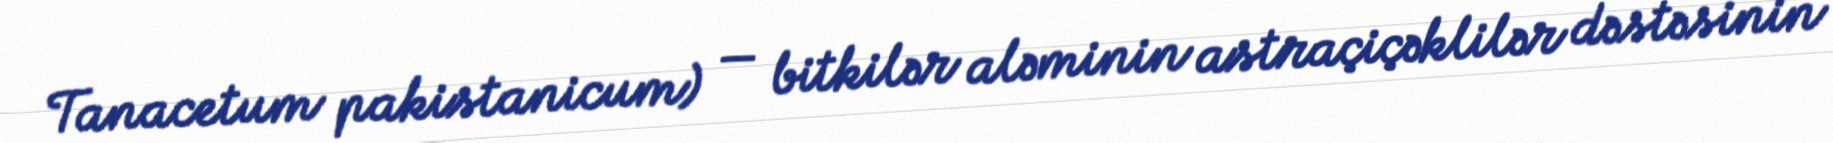
Tanacetum pakistanicum) — bitkilər aləminin astraçiçəklilər dəstəsinin